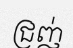
ជ្រញ់